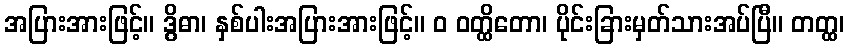
အပြားအားဖြင့်။ ဒွိဓာ၊ နှစ်ပါးအပြားအားဖြင့်။ ဝ ဝတ္ထိတော၊ ပိုင်းခြားမှတ်သားအပ်ပြီ။ တတ္ထ၊